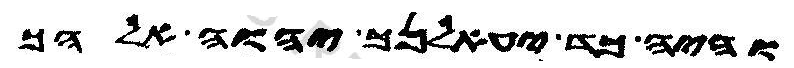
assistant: והי כד יעאלנך יהוה אלהך